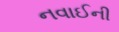
નવાઈની